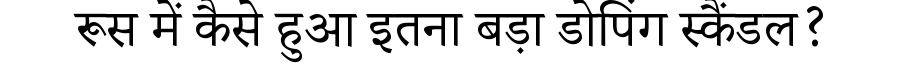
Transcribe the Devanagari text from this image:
रूस में कैसे हुआ इतना बड़ा डोपिंग स्कैंडल?